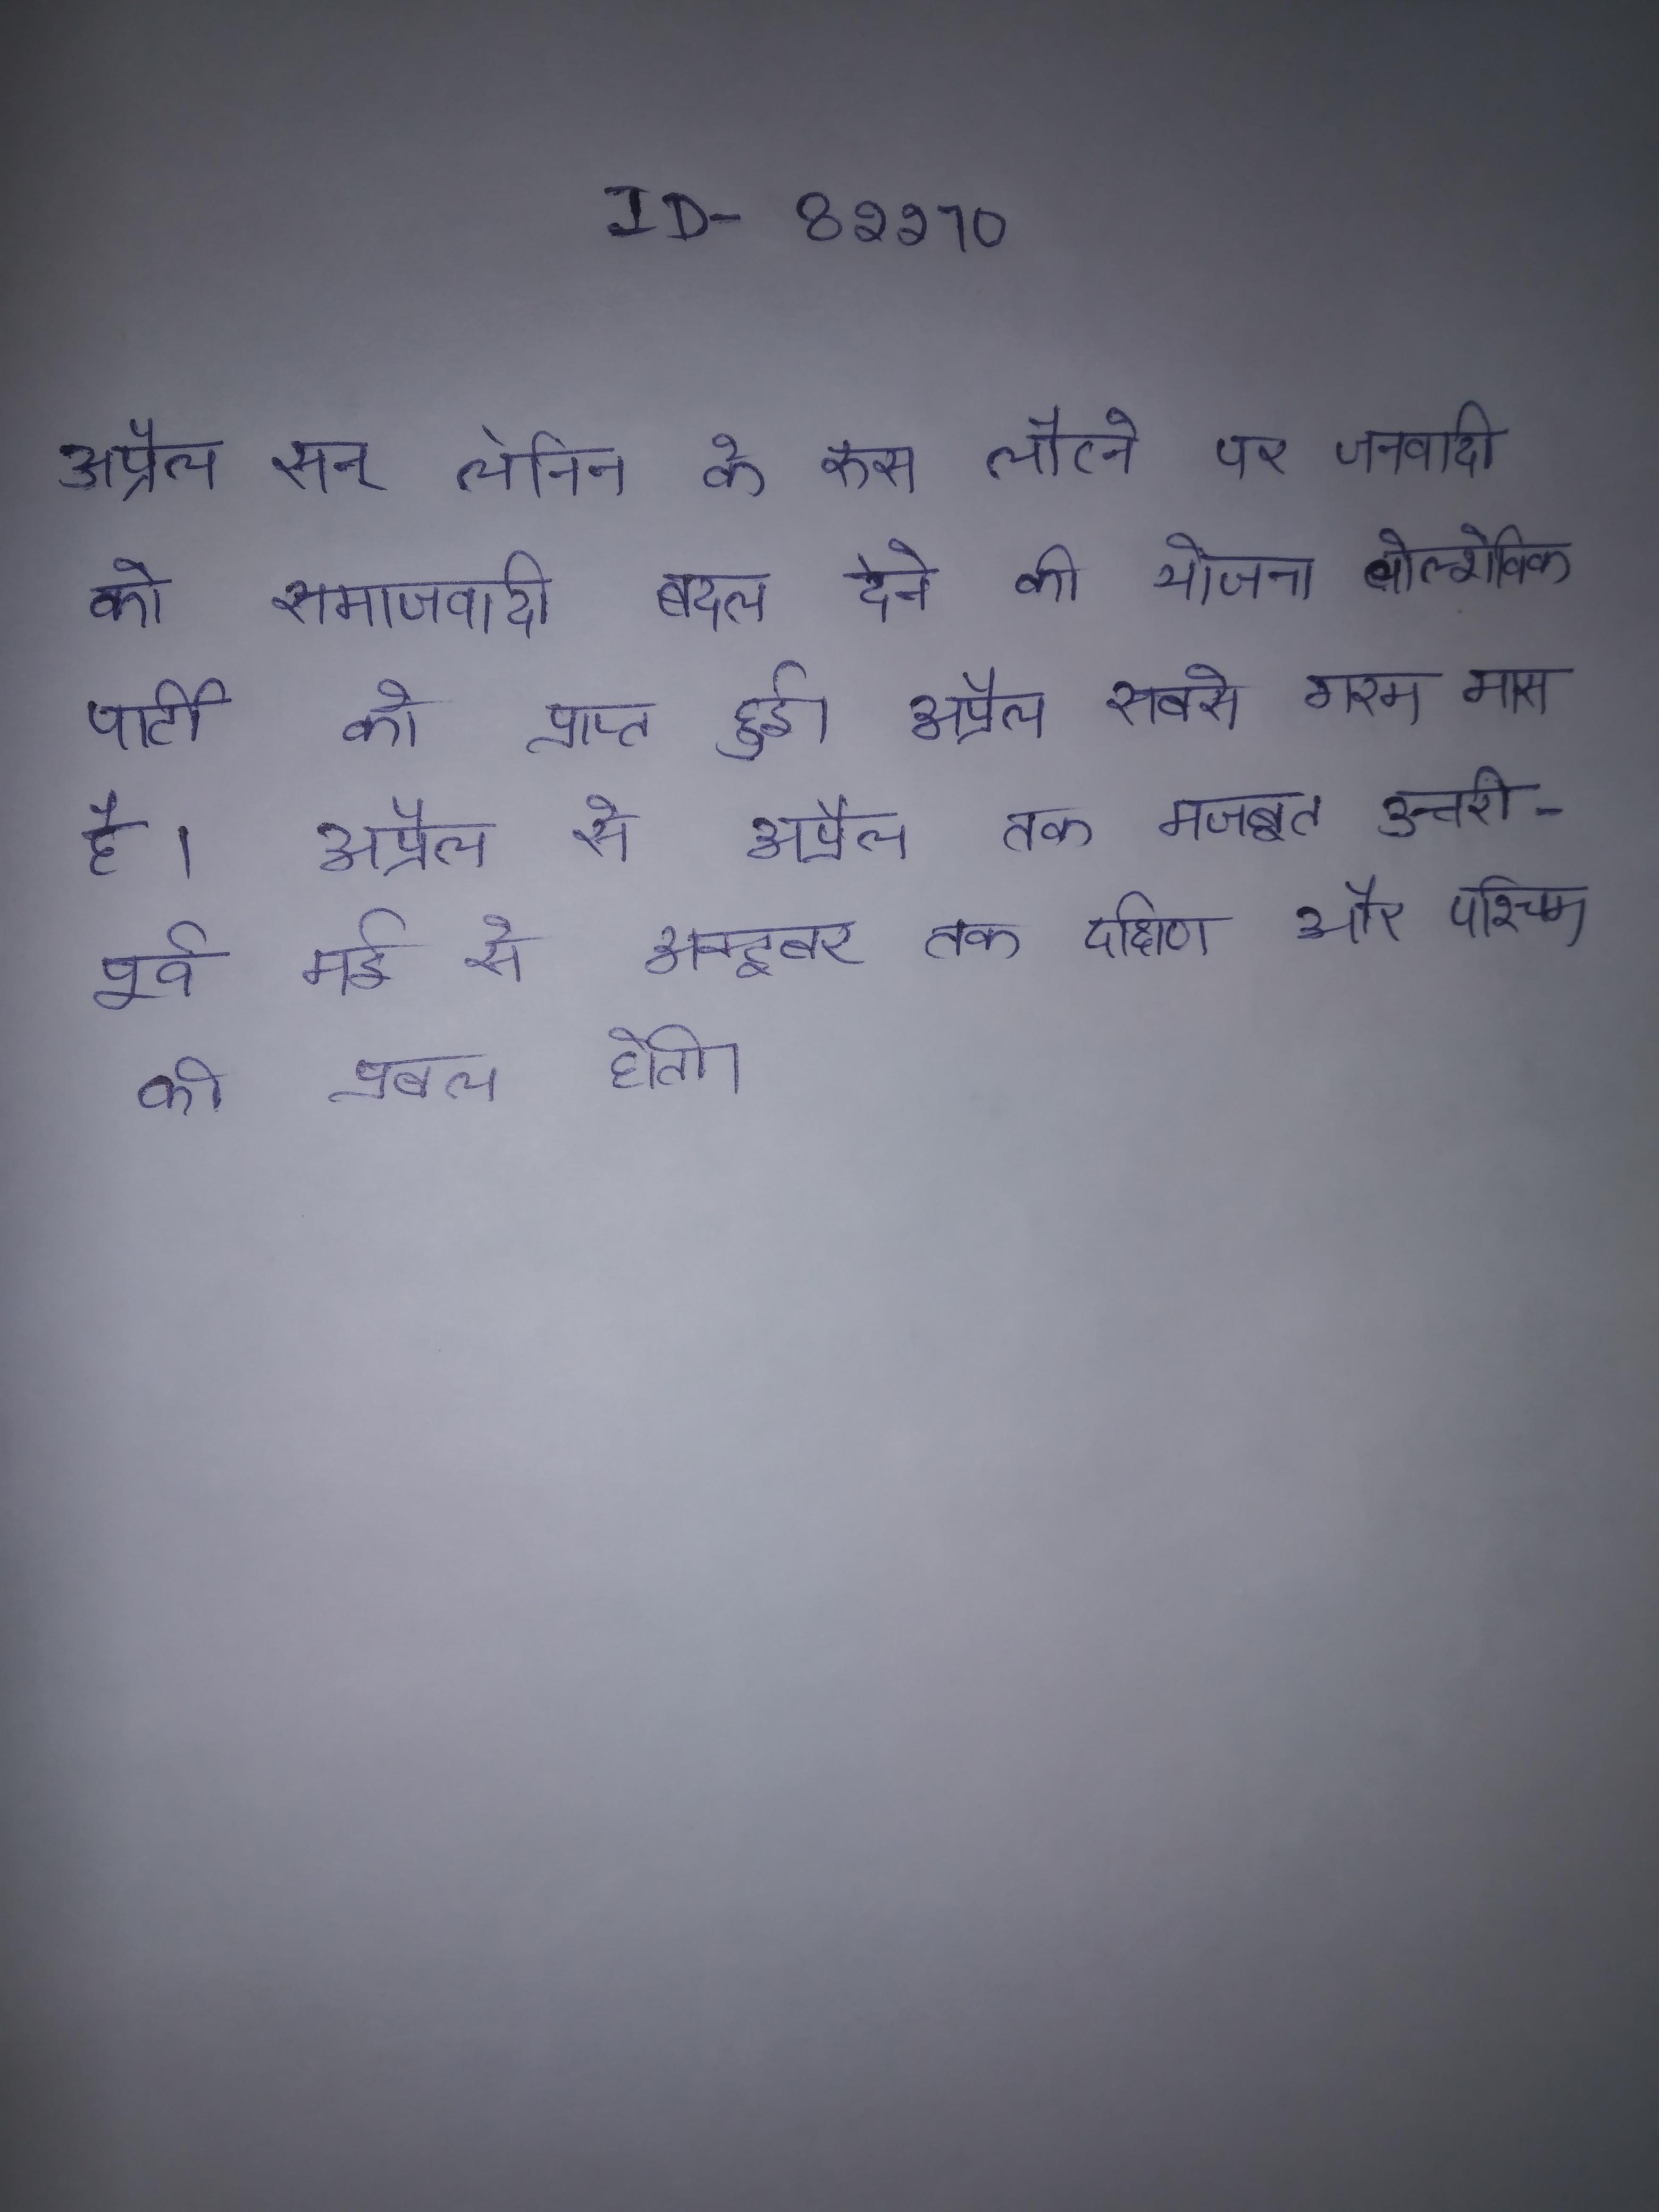
अप्रैल सन् लेनिन के रूस लौटने पर जनवादी को समाजवादी बदल देने की योजना बोल्शेविक पार्टी को प्राप्त हुई । अप्रैल सबसे गरम मास है । अप्रैल से अप्रैल तक मजबूत उत्तरी-पूर्वी मई से अक्टूबर तक दक्षिण और पश्चिम की प्रबल होती ।